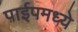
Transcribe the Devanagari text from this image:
पाईपमध्ये